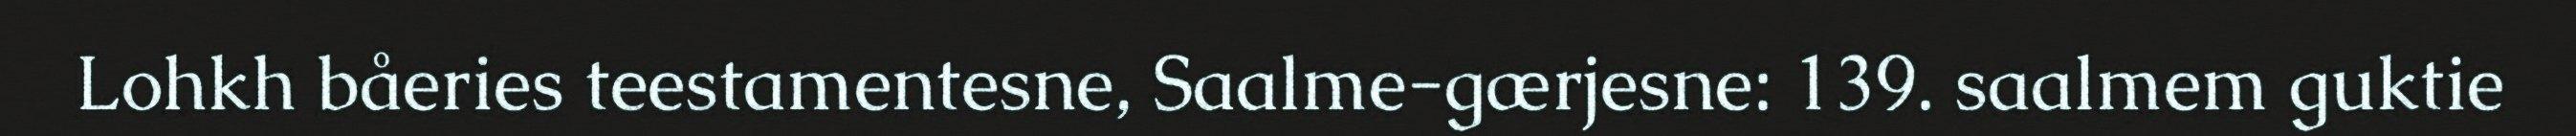
Lohkh båeries teestamentesne, Saalme-gærjesne: 139. saalmem guktie